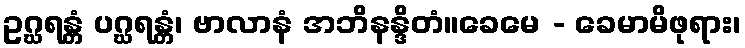
ဥဂ္ဃရန္တံ ပဂ္ဃရန္တံ၊ ဗာလာနံ အဘိနန္ဒိတံ။ခေမေ - ခေမာမိဖုရား၊